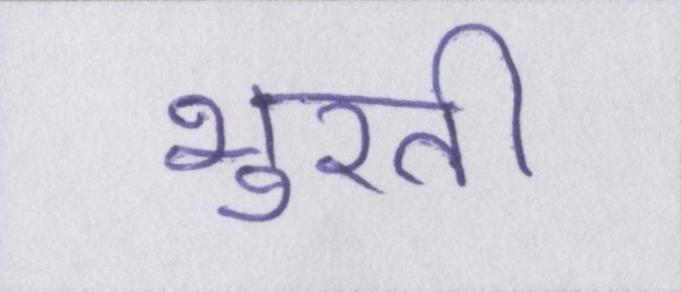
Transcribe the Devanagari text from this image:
भुरसी